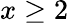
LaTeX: x\geq 2